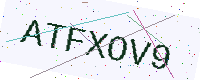
Text: ATFXOV9